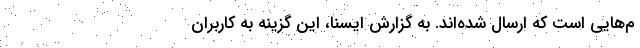
م‌هایی است که ارسال شده‌اند. به گزارش ایسنا، این گزینه به کاربران